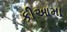
કીઆમા